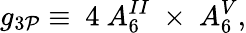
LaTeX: g_{3\cal P}\equiv\ 4\ A_{6}^{II}\ \times\ A_{6}^{V},